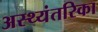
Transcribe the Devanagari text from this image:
अस्थ्यंतरिका